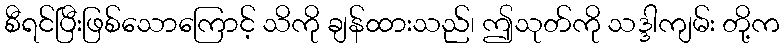
စီရင်ပြီးဖြစ်သောကြောင့် သိကို ချန်ထားသည်၊ ဤသုတ်ကို သဒ္ဒါကျမ်း တို့က